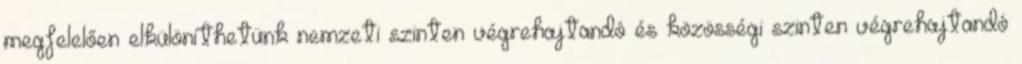
megfelelően elkülöníthetünk nemzeti szinten végrehajtandó és közösségi szinten végrehajtandó